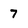
Character: 7